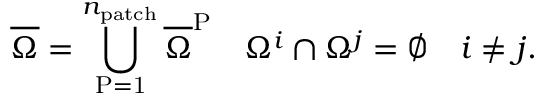
\overline { { \Omega } } = \bigcup _ { \mathrm { { P } = 1 } } ^ { n _ { \mathrm { { p a t c h } } } } \overline { { \Omega } } ^ { \mathrm { { P } } } \quad \Omega ^ { i } \cap \Omega ^ { j } = \varnothing \quad i \neq j .